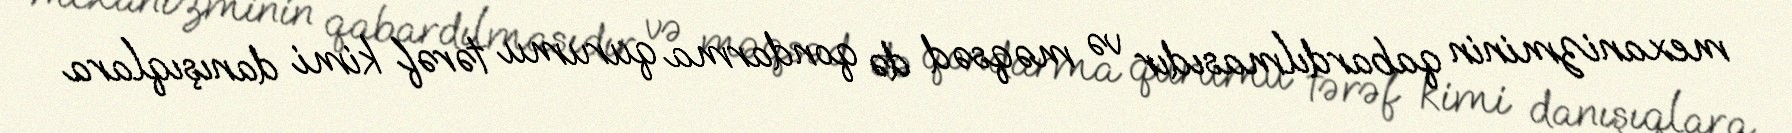
mexanizminin qabardılmasıdır və məqsəd də qondarma qurumu tərəf kimi danışıqlara